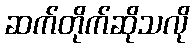
ဆက်တိုက်ဆိုသလို